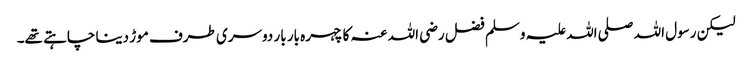
لیکن رسول اللہ صلی اللہ علیہ وسلم فضل رضی اللہ عنہ کا چہرہ بار بار دوسری طرف موڑ دینا چاہتے تھے۔